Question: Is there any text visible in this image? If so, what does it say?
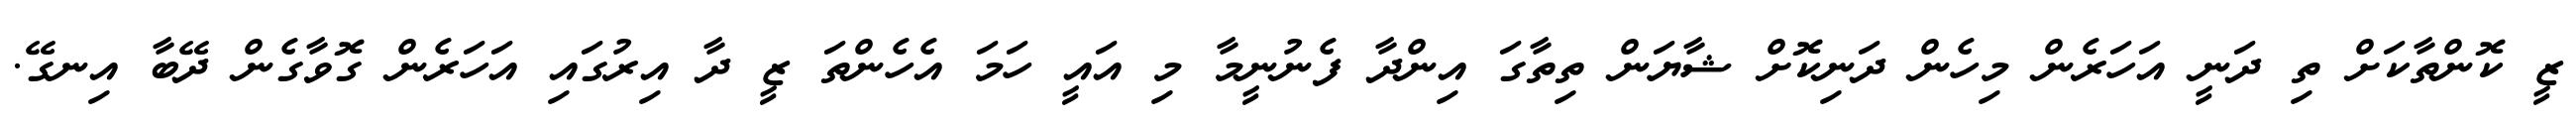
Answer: ޒީ ކޮންތާކަށް ތި ދަނީ އަހަރެން މިހެން ދަނިކޮށް ޝާޔަން ތިތާގަ އިންދާ ފެނުނީމާ މި އައީ ހަމަ އެހެންތަ ޒީ ދާ އިރުގައި އަހަރެން ގޮވާގެން ދޭބާ އިނގޭ.